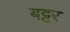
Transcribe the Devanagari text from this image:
बट्टर